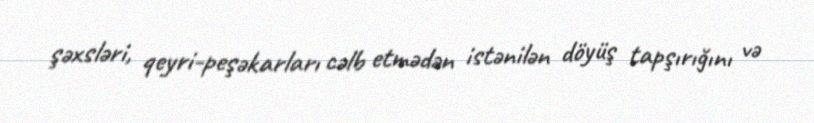
şəxsləri, qeyri-peşəkarları cəlb etmədən istənilən döyüş tapşırığını və